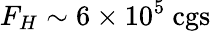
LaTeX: F_{H}\sim 6\times 10^{5}~\mathrm{cgs}